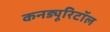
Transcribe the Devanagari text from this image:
कनड्यूरिटॉल